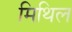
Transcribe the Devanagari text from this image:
मिथिल